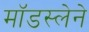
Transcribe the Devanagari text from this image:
मॉडस्लेने